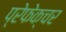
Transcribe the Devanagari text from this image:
प्रेफेक्चर